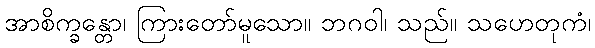
အာစိက္ခန္တော၊ ကြားတော်မူသော။ ဘဂဝါ၊ သည်။ သဟေတုကံ၊